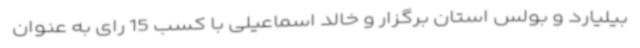
بیلیارد و بولس استان برگزار و خالد اسماعیلی با کسب 15 رای به عنوان